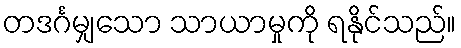
တဒင်္ဂမျှသော သာယာမှုကို ရနိုင်သည်။